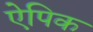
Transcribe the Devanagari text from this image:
ऐपिक